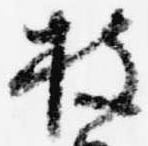
披